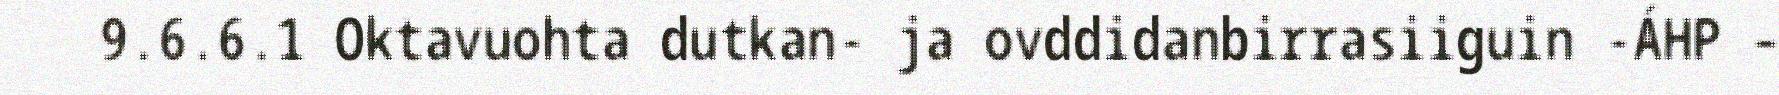
9.6.6.1 Oktavuohta dutkan- ja ovddidanbirrasiiguin -ÁHP –